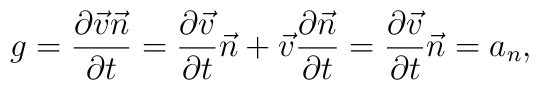
g = \frac{\partial \vec v\vec n}{\partial t} = \frac{\partial \vec v}{\partial t}\vec n+\vec v \frac{\partial \vec n}{\partial t} = \frac{\partial \vec v}{\partial t}\vec n = a_n,